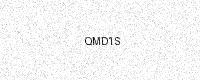
Text: QMD1S